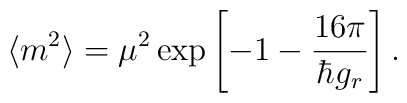
\langle m^{2} \rangle  = \mu^{2} \exp  \left [ -1-  \frac{{ 16 \pi}}{  \hbar g_{r}     }  \right ] .